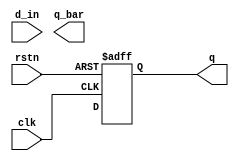
module clocked_d_a(input d_in,  
              input rstn,  
              input clk,  
              output reg q,q_bar);  
  
    always @ (posedge clk or negedge rstn)  
       if (!rstn)  
          q <= 0;
			 
       else  
          q <= d;  

endmodule